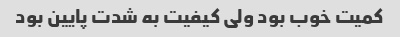
کمیت خوب بود ولی کیفیت به شدت پایین بود